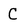
Character: C